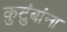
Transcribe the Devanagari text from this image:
कुटंुबांना